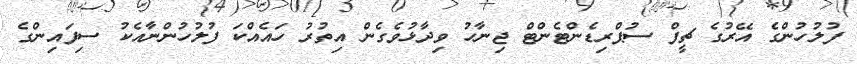
ފުލުހުންގެ އޭރުގެ ޗީފް ސުޕްރިޑެންޓެންޓް ޖިނާހު ވިދާޅުވެގެން އިތުރު ހައެއްކަ ފުލުހުންނާއެކު ސިފައިންގެ